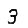
Digit: 3